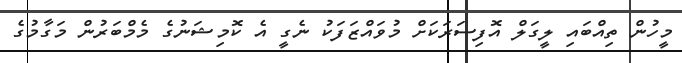
މީހުން ތިއްބައި ލީގަލް އޮފިސަރަކަށް މުވައްޒަފަކު ނެގީ އެ ކޮމިޝަނުގެ މެމްބަރުން މަގާމުގެ